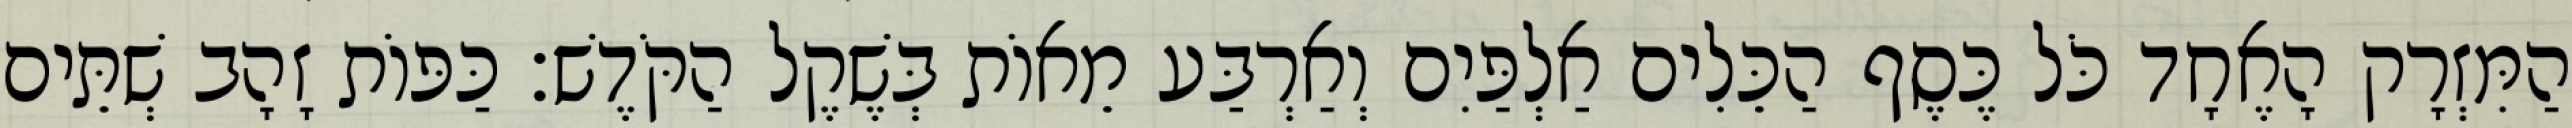
הַמִּזְרָק הָאֶחָד כֹּל כֶּסֶף הַכֵּלִים אַלְפַּיִם וְאַרְבַּע מֵאוֹת בְּשֶׁקֶל הַקֹּדֶשׁ׃ כַּפּוֹת זָהָב שְׁתֵּים